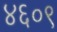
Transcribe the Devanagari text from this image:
४६०९